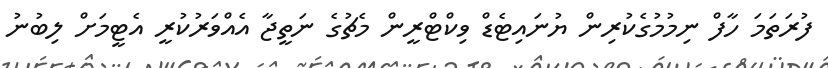
ފުރަތަމަ ހާފް ނިމުމުގެކުރިން ޔުނައިޓެޑް ވިކްޓްރީން މެޗުގެ ނަތީޖާ އެއްވަރުކުރީ އެޓީމަށް ލިބުނު